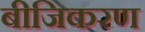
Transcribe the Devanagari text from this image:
बीजिकरण